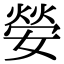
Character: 嫈